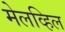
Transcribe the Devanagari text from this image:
मेलव्हिल